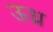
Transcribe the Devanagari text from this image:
ऊध्र